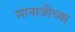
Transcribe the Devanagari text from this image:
मानाजीच्या